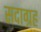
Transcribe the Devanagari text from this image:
सदाग्रह